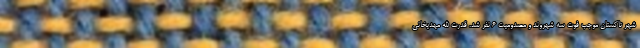
شهر تاکستان موجب فوت سه شهروند و مصدومیت ۶ نفر شد. قدرت الله مهدیخانی